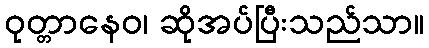
ဝုတ္တာနေဝ၊ ဆိုအပ်ပြီးသည်သာ။